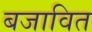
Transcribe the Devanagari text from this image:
बजावित